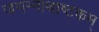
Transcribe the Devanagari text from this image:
जगन्नाथाष्टकम्